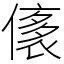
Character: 㒅